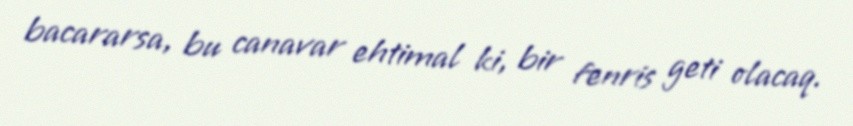
bacararsa, bu canavar ehtimal ki, bir fenris geti olacaq.